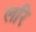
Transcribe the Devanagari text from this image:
लरि